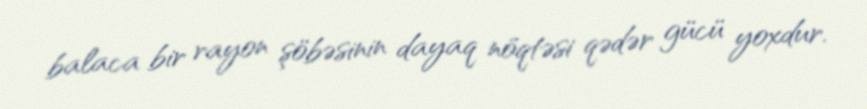
balaca bir rayon şöbəsinin dayaq nöqtəsi qədər gücü yoxdur.